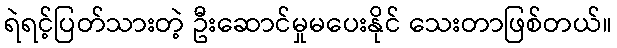
ရဲရင့်ပြတ်သားတဲ့ ဦးဆောင်မှုမပေးနိုင် သေးတာဖြစ်တယ်။